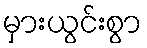
မှားယွင်းစွာ